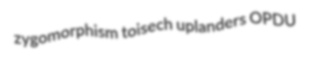
zygomorphism toisech uplanders OPDU